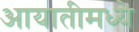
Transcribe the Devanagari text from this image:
आयातीमध्ये